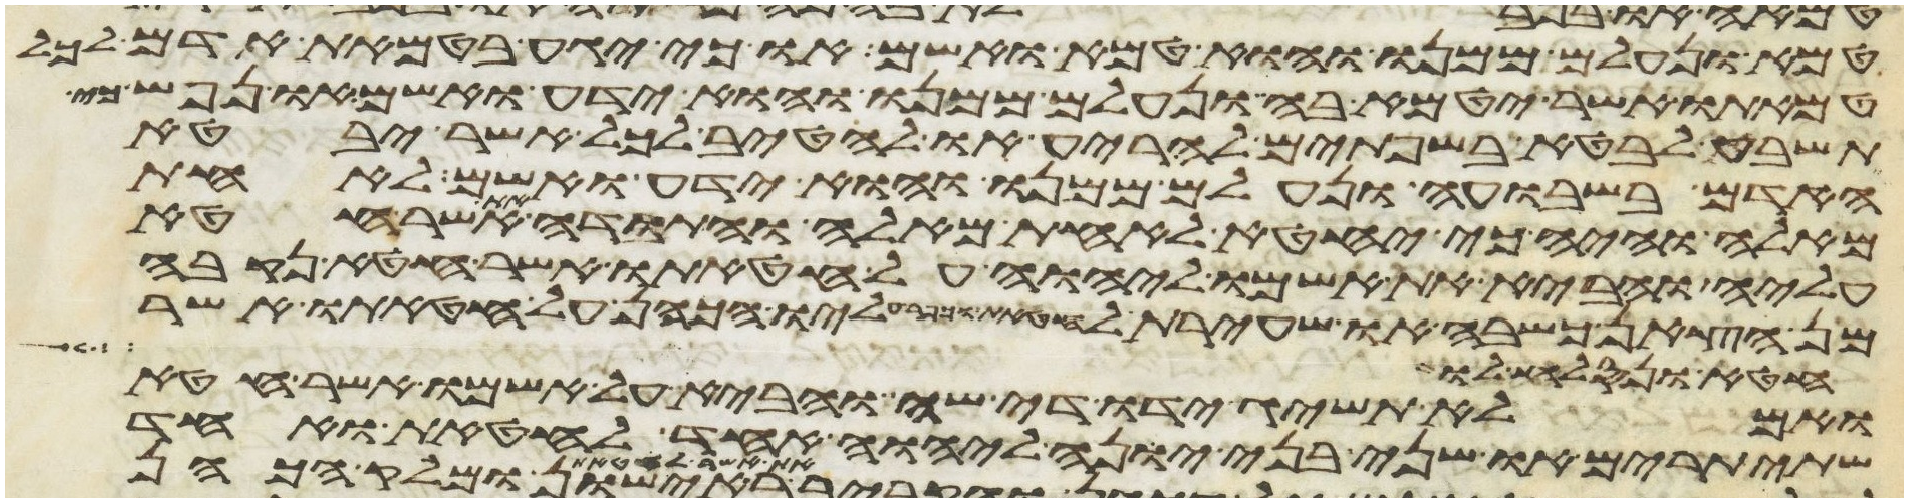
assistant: טמא ונעלם ממנו והוא טמא ואשם או כי יגע בטמאת אדם לכל
טמאתו אשר יטמא בה ונעלם ממנו והוא ידע ואשם ונפש כי
תשבע לבטא בשפתים להריע או להטיב לכל אשר יבטא
האדם בשבועה ונעלם ממנו והוא ידע ואשם לאחת
מאלה והיה כי יחטא לאחת מאלה והתודה את אשר חטא
עליה והביא את אשמו ליהוה על חטאתו אשר חטא נקבה
מן הצאן כשבה או שעירת עזים לחטאת וכפר עליו הכהן על חטאתו אשר
חטא ונסלח לו
ואם לא תשיג ידו די שה והביא על אשמו אשר חטא
שתי תרים או שני בני יונה ליהוה אחד לחטאת ואחד